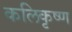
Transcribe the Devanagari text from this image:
कलिकृष्ण